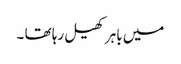
میں باہر کھیل رہا تھا ۔